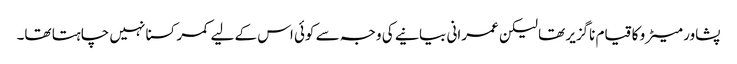
پشاور میٹرو کا قیام ناگزیر تھا لیکن عمرانی بیانیے کی وجہ سے کوئی اس کے لیے کمر کسنا نہیں چاہتا تھا۔